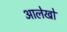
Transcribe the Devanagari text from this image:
आलेखो